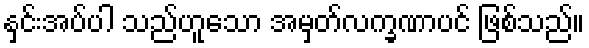
နှင်းအပ်ပါ သည်ဟူသော အမှတ်လက္ခဏာပင် ဖြစ်သည်။